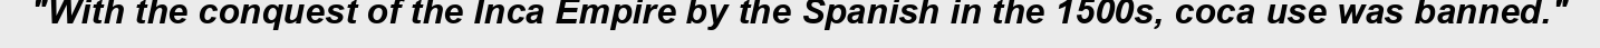
"With the conquest of the Inca Empire by the Spanish in the 1500s, coca use was banned."